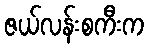
ဇယ်လန်းစကီးက